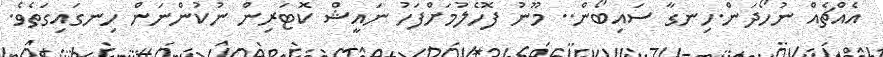
އެއްޗެއް ނުހޯދަން.ހިނގާ ސައިބޯން.. މޫނު ފޮހެލުމަށްފަހު ނައީޝް ކޮޓަރިން ނުކުންނަން ހިނގައިގަތެވެ.